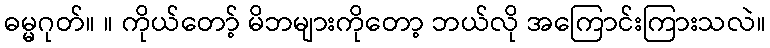
ဓမ္မဂုတ်။ ။ ကိုယ်တော့် မိဘများကိုတော့ ဘယ်လို အကြောင်းကြားသလဲ။